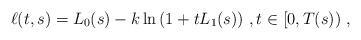
LaTeX: \begin{align*}\ell(t,s) = L_0(s) - k \ln{(1+tL_1(s))}\ , t\in [0,T(s))\ , \end{align*}